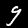
Digit: 9